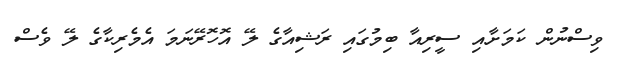
ވިސްނުން ކަމަށާއި ސީރިއާ ބިމުގައި ރަޝިއާގެ ލޭ އޮހޮރޭނަމަ އެމެރިކާގެ ލޭ ވެސް